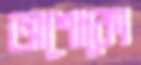
অশোকো